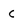
Character: c